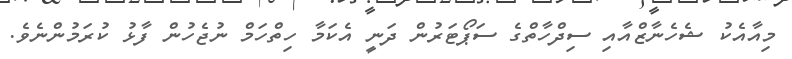
މިއާއެކު ޝެހެނާޒްއާއި ސިދްހާތްގެ ސަޕޯޓަރުން ދަނީ އެކަމާ ހިތްހަމް ނުޖެހުން ފާޅު ކުރަމުންނެވެ.